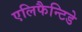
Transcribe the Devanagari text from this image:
एलिफैन्टिडे